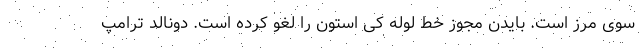
سوی مرز است. بایدن مجوز خط لوله کی استون را لغو کرده است. دونالد ترامپ